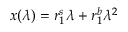
\boldsymbol { x } ( \lambda ) = \boldsymbol { r } _ { 1 } ^ { s } \lambda + \boldsymbol { r } _ { 1 } ^ { b } \lambda ^ { 2 }